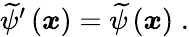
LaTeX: \begin{array}{r}{\widetilde{\psi}^{\prime}\left(\boldsymbol{x}\right)=\widetilde{\psi}\left(\boldsymbol{x}\right)\; .}\end{array}